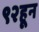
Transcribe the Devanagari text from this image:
९२हून